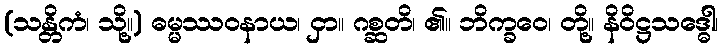
(သန္တိကံ၊ သို့။) ဓမ္မဿဝနာယ၊ ငှာ။ ဂစ္ဆတိ၊ ၏။ ဘိက္ခဝေ၊ တို့။ နိဝိဋ္ဌသဒ္ဓေါ၊